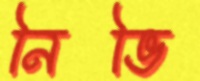
নিভি